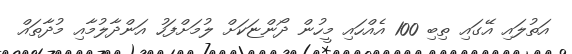
އަތުލައި އޭގައި ތިބި 100 އެއްހައި މީހުން ދޯންޏަކަށް ލުމަށްފަހު އަންދާލުމާއި މުދާތައް